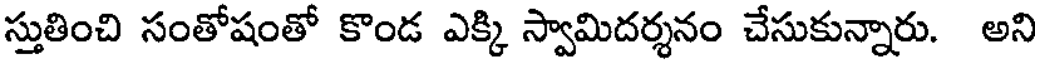
స్తుతించి సంతోషంతో కొండ ఎక్కి స్వామిదర్శనం చేసుకున్నారు. అని